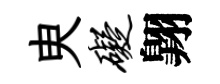
㬰碍翺